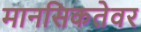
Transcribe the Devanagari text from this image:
मानसिकतेवर